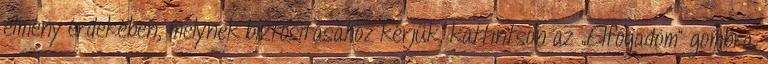
élmény érdekében, melynek biztosításához kérjük, kattintson az „Elfogadom” gombra.